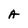
Character: A